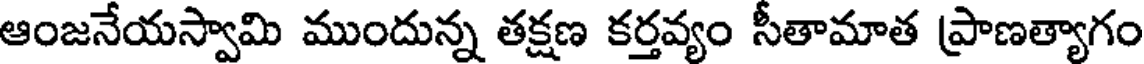
ఆంజనేయస్వామి ముందున్న తక్షణ కర్తవ్యం సీతామాత ప్రాణత్యాగం